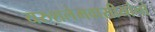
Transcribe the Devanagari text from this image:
यरुशलेमवासीयांनो